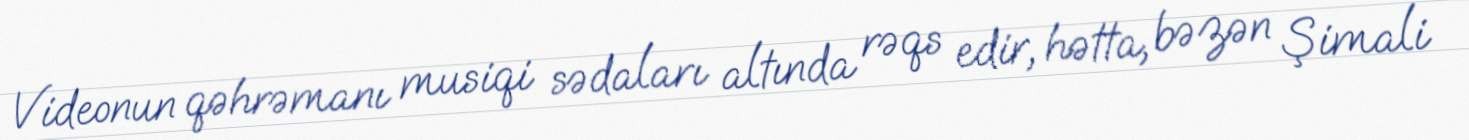
Videonun qəhrəmanı musiqi sədaları altında rəqs edir, hətta, bəzən Şimali